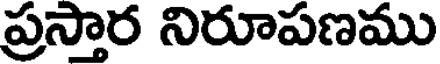
ప్రస్తార నిరూపణము